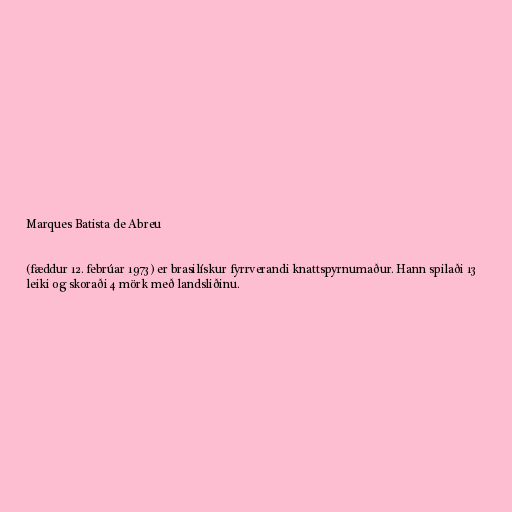
Marques Batista de Abreu

(fæddur 12. febrúar 1973) er brasilískur fyrrverandi knattspyrnumaður. Hann spilaði 13
leiki og skoraði 4 mörk með landsliðinu.